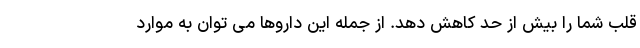
قلب شما را بیش از حد کاهش دهد. از جمله این داروها می توان به موارد